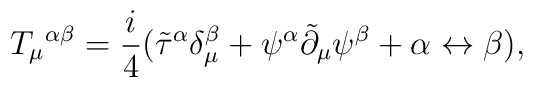
T_{\mu}{}^{\alpha\beta} = \frac{i}{4}({{\tilde \tau}^{\alpha}} \delta^{\beta}_{\mu} + \psi^{\alpha} {\tilde \partial}_{\mu} \psi^{\beta}  + \alpha \leftrightarrow \beta),